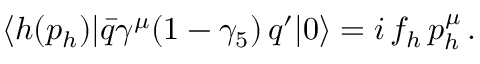
\langle h ( p _ { h } ) | \bar { q } \gamma ^ { \mu } ( 1 - \gamma _ { 5 } ) \, q ^ { \prime } | 0 \rangle = i \, f _ { h } \, p _ { h } ^ { \mu } \, .